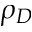
\rho _ { D }